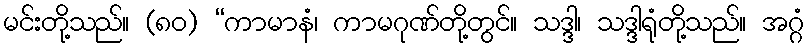
မင်းတို့သည်။ (၈၀) “ကာမာနံ၊ ကာမဂုဏ်တို့တွင်။ သဒ္ဒါ၊ သဒ္ဒါရုံတို့သည်။ အဂ္ဂံ